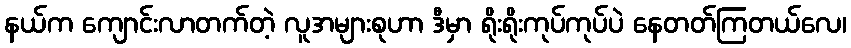
နယ်က ကျောင်းလာတက်တဲ့ လူအများစုဟာ ဒီမှာ ရိုးရိုးကုပ်ကုပ်ပဲ နေတတ်ကြတယ်လေ၊